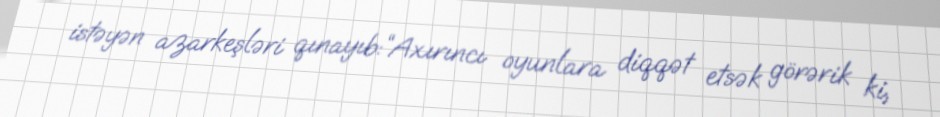
istəyən azarkeşləri qınayıb:“Axırıncı oyunlara diqqət etsək görərik ki,